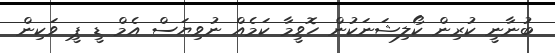
ބުނާނީ ކުރިން ކޯލިޝަނަކުން ހޮވީމާ ކަމެއް ނުވިޔަސް އެމް ޑީ ޕީ ވަކިން